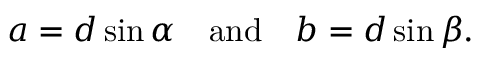
a = d \sin \alpha \quad { \mathrm { a n d } } \quad b = d \sin \beta .